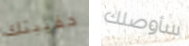
حقيبتك سأوصلك